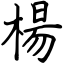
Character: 楊